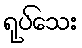
ရုပ်သေး